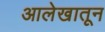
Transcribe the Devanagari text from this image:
आलेखातून